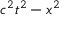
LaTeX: c ^ { 2 } t ^ { 2 } - x ^ { 2 }